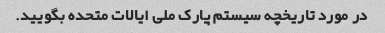
در مورد تاریخچه سیستم پارک ملی ایالات متحده بگویید.